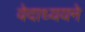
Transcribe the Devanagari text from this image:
वेदाध्ययने